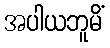
အပါယဘူမိံ